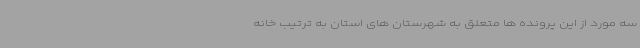
سه مورد از این پرونده ها متعلق به شهرستان های استان به ترتیب خانه